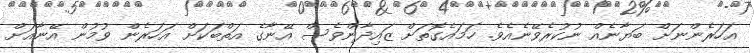
އަހަރެންނަށް ބަޔާނެއް ނުކުރެވޭނެއެވެ. ހަމައެގޮތަށް ޒައިދާންވެސް އޭނާގެ އަތްބަކަށް އަހަރެން ވުމުން އޭނާއަށް